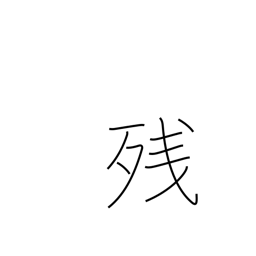
Meaning: balance